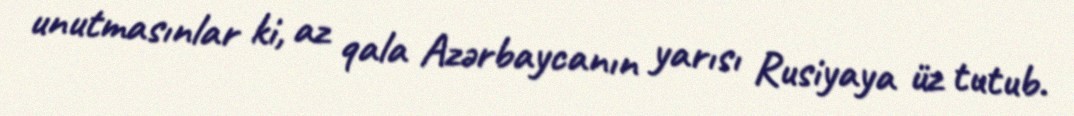
unutmasınlar ki, az qala Azərbaycanın yarısı Rusiyaya üz tutub.